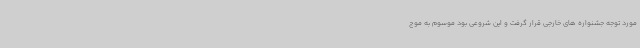
مورد توجه جشنواره های خارجی قرار گرفت و این شروعی بود موسوم به موج